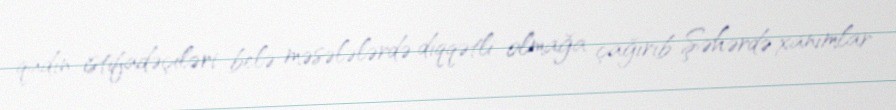
qadın istifadəçiləri belə məsələlərdə diqqətli olmağa çağırıb Şəhərdə xanımlar